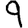
Digit: 9